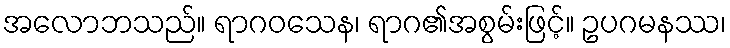
အလောဘသည်။ ရာဂဝသေန၊ ရာဂ၏အစွမ်းဖြင့်။ ဥပဂမနဿ၊